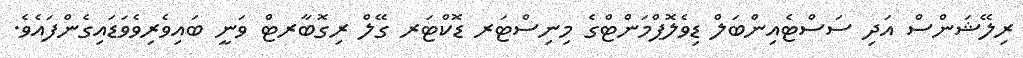
ރިލޭޝަންސް އަދި ސަސްޓެއިންބަލް ޑިވެލޮޕްމަންޓްގެ މިނިސްޓަރ ޑޮކްޓަރ ގޭލް ރިގޮބާރޓް ވަނީ ބައިވެރިވެވަޑައިގެންފައެވެ.